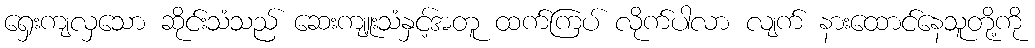
ရှေးကျလှသော ဆိုင်းသံသည် ဆေးကျူးသံနှင့်အတူ ထက်ကြပ် လိုက်ပါလာ လျက် နားထောင်နေသူတို့ကို